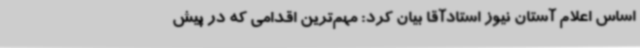
اساس اعلام آستان نیوز استادآقا بیان کرد: مهم‌ترین اقدامی که در پیش